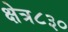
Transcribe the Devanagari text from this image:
क्षेत्र८३०